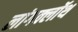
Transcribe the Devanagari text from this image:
लांगक्लॉथ